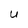
Character: u